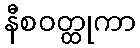
နီစဝတ္ထုကာ